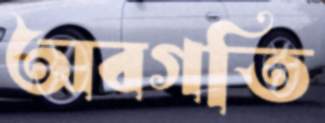
অবগতি